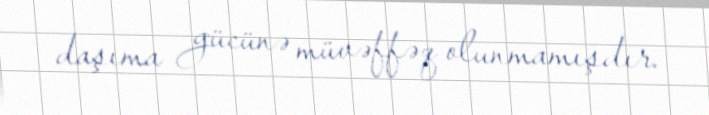
daşıma gücünə müvəffəq olunmamışdır.